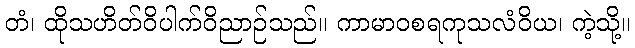
တံ၊ ထိုသဟိတ်ဝိပါက်ဝိညာဉ်သည်။ ကာမာဝစရကုသလံဝိယ၊ ကဲ့သို့။